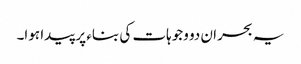
یہ بحران دو وجوہات کی بناء پر پیدا ہوا۔